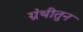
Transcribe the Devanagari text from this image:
ग्रंथीतुन